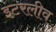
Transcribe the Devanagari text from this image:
इंटरलीव